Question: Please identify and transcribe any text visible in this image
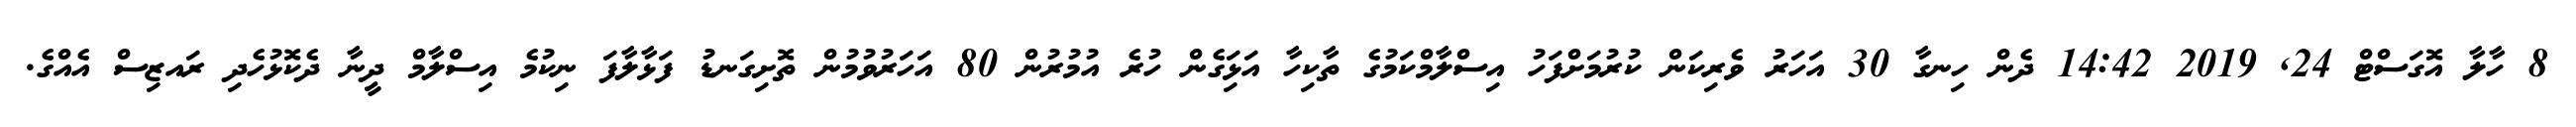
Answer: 8 ހާލާ އޮގަސްޓް 24, 2019 14:42 ދެން ހިނގާ 30 އަހަރު ވެރިކަން ކުރުމަށްފަހު އިސްލާމްކަމުގެ ތާކިހާ އަޅަިގެން ހުރެ އުމުރުން 80 އަހަރުވުމުން ތޮށިގަނޑު ފަޅާލާފަ ނިކުމެ އިސްލާމް ދީނާ ދެކޮޅުހެދި ރައޒިސް އެއްގެ.